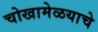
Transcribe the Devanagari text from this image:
चोखामेळयाचे